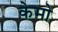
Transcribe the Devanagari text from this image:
केमो